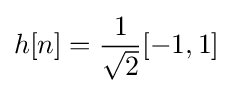
h[n]={\frac {1}{\sqrt {2}}}[-1,1]